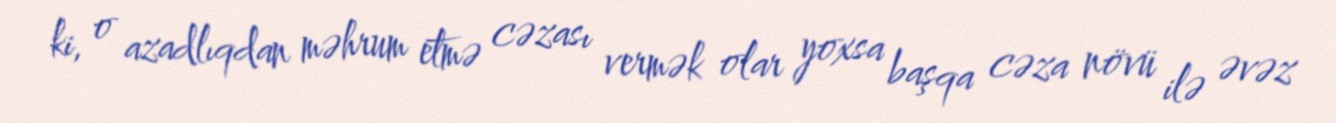
ki, o azadlıqdan məhrum etmə cəzası vermək olar yoxsa başqa cəza növü ilə əvəz